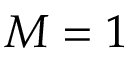
M = 1